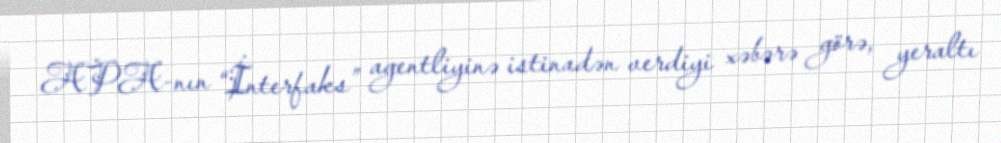
APA-nın “İnterfaks” agentliyinə istinadən verdiyi xəbərə görə, yeraltı